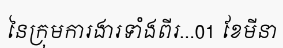
នៃក្រុមការងារទាំងពីរ...01 ខែមីនា